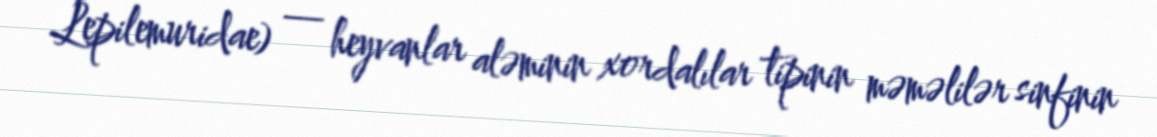
Lepilemuridae) — heyvanlar aləminin xordalılar tipinin məməlilər sinfinin